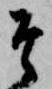
そ